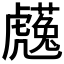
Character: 𧈋